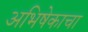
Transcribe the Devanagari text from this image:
अभिषेकाचा